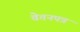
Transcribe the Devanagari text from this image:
वेतनपत्र